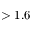
> 1 . 6